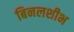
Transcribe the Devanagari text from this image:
बिनलशीभ